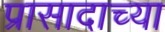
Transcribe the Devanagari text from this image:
प्रासादाच्या